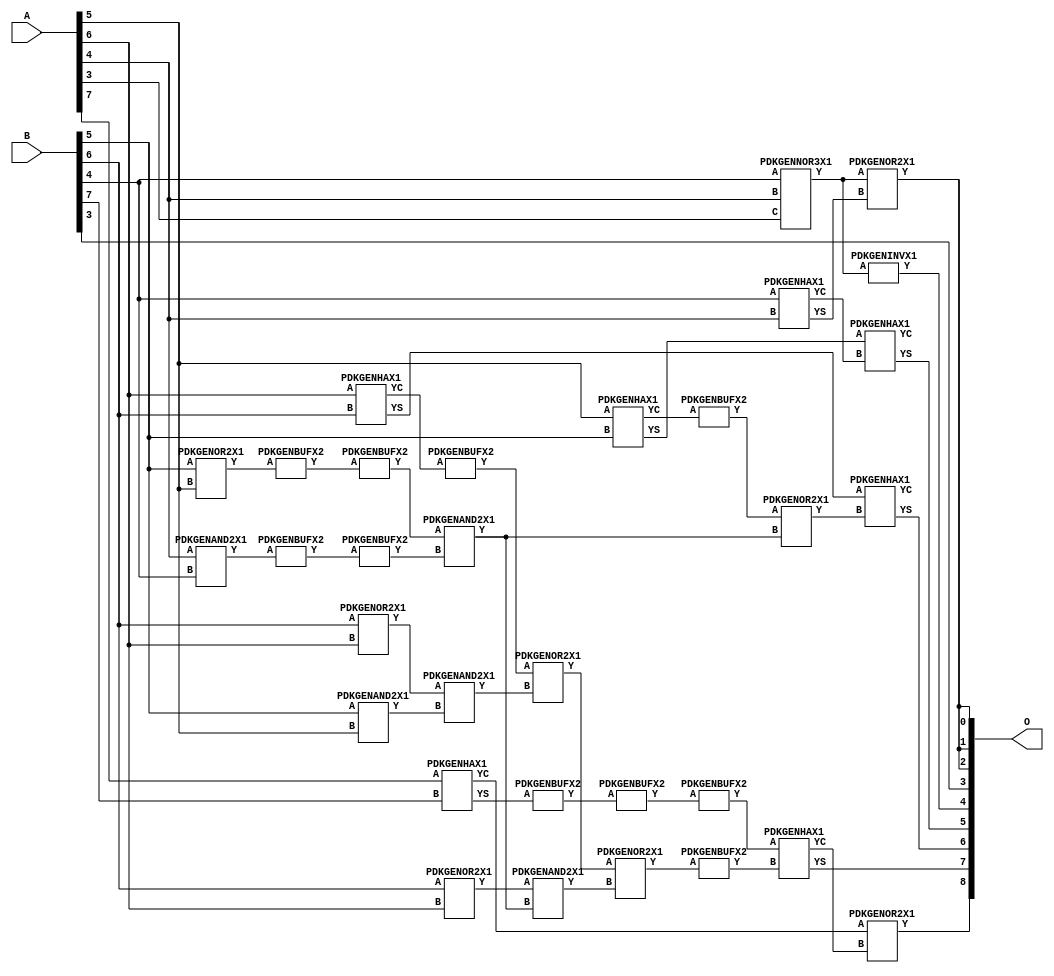
// Library = EvoApprox8b
// Circuit = add8_381
// Area   (180) = 1296
// Delay  (180) = 0.940
// Power  (180) = 370.00
// Area   (45) = 91
// Delay  (45) = 0.400
// Power  (45) = 29.40
// Nodes = 32
// HD = 188032
// MAE = 4.79688
// MSE = 36.87500
// MRE = 2.54 %
// WCE = 16
// WCRE = 700 %
// EP = 92.6 %

module add8_381(A, B, O);
  input [7:0] A;
  input [7:0] B;
  output [8:0] O;
  wire [2031:0] N;

  assign N[0] = A[0];
  assign N[1] = A[0];
  assign N[2] = A[1];
  assign N[3] = A[1];
  assign N[4] = A[2];
  assign N[5] = A[2];
  assign N[6] = A[3];
  assign N[7] = A[3];
  assign N[8] = A[4];
  assign N[9] = A[4];
  assign N[10] = A[5];
  assign N[11] = A[5];
  assign N[12] = A[6];
  assign N[13] = A[6];
  assign N[14] = A[7];
  assign N[15] = A[7];
  assign N[16] = B[0];
  assign N[17] = B[0];
  assign N[18] = B[1];
  assign N[19] = B[1];
  assign N[20] = B[2];
  assign N[21] = B[2];
  assign N[22] = B[3];
  assign N[23] = B[3];
  assign N[24] = B[4];
  assign N[25] = B[4];
  assign N[26] = B[5];
  assign N[27] = B[5];
  assign N[28] = B[6];
  assign N[29] = B[6];
  assign N[30] = B[7];
  assign N[31] = B[7];

  PDKGENOR2X1 n42(.A(N[28]), .B(N[12]), .Y(N[42]));
  assign N[43] = N[42];
  PDKGENOR2X1 n44(.A(N[28]), .B(N[12]), .Y(N[44]));
  assign N[45] = N[44];
  PDKGENAND2X1 n46(.A(N[26]), .B(N[10]), .Y(N[46]));
  assign N[47] = N[46];
  PDKGENNOR3X1 n48(.A(N[24]), .B(N[8]), .C(N[6]), .Y(N[48]));
  assign N[49] = N[48];
  PDKGENAND2X1 n68(.A(N[8]), .B(N[24]), .Y(N[68]));
  PDKGENBUFX2 n70(.A(N[68]), .Y(N[70]));
  assign N[71] = N[70];
  PDKGENHAX1 n72(.A(N[24]), .B(N[8]), .YS(N[72]), .YC(N[73]));
  PDKGENHAX1 n78(.A(N[10]), .B(N[26]), .YS(N[78]), .YC(N[79]));
  PDKGENBUFX2 n80(.A(N[79]), .Y(N[80]));
  PDKGENHAX1 n86(.A(N[12]), .B(N[28]), .YS(N[86]), .YC(N[87]));
  PDKGENHAX1 n96(.A(N[14]), .B(N[30]), .YS(N[96]), .YC(N[97]));
  PDKGENOR2X1 n134(.A(N[26]), .B(N[10]), .Y(N[134]));
  assign N[135] = N[134];
  PDKGENBUFX2 n136(.A(N[135]), .Y(N[136]));
  PDKGENBUFX2 n142(.A(N[87]), .Y(N[142]));
  assign N[143] = N[142];
  PDKGENBUFX2 n152(.A(N[71]), .Y(N[152]));
  PDKGENBUFX2 n160(.A(N[96]), .Y(N[160]));
  PDKGENAND2X1 n162(.A(N[43]), .B(N[47]), .Y(N[162]));
  PDKGENBUFX2 n164(.A(N[160]), .Y(N[164]));
  assign N[165] = N[164];
  PDKGENINVX1 n176(.A(N[49]), .Y(N[176]));
  assign N[177] = N[176];
  PDKGENOR2X1 n180(.A(N[143]), .B(N[162]), .Y(N[180]));
  PDKGENBUFX2 n206(.A(N[136]), .Y(N[206]));
  assign N[207] = N[206];
  PDKGENAND2X1 n226(.A(N[207]), .B(N[152]), .Y(N[226]));
  PDKGENOR2X1 n244(.A(N[80]), .B(N[226]), .Y(N[244]));
  assign N[245] = N[244];
  PDKGENAND2X1 n254(.A(N[45]), .B(N[226]), .Y(N[254]));
  PDKGENOR2X1 n272(.A(N[180]), .B(N[254]), .Y(N[272]));
  PDKGENOR2X1 n344(.A(N[48]), .B(N[72]), .Y(N[344]));
  assign N[345] = N[344];
  PDKGENBUFX2 n348(.A(N[272]), .Y(N[348]));
  PDKGENBUFX2 n376(.A(N[165]), .Y(N[376]));
  assign N[377] = N[376];
  PDKGENHAX1 n394(.A(N[78]), .B(N[73]), .YS(N[394]), .YC(N[395]));
  PDKGENHAX1 n404(.A(N[86]), .B(N[245]), .YS(N[404]), .YC(N[405]));
  PDKGENHAX1 n412(.A(N[377]), .B(N[348]), .YS(N[412]), .YC(N[413]));
  PDKGENOR2X1 n422(.A(N[97]), .B(N[413]), .Y(N[422]));

  assign O[0] = N[344];
  assign O[1] = N[345];
  assign O[2] = N[344];
  assign O[3] = N[22];
  assign O[4] = N[177];
  assign O[5] = N[394];
  assign O[6] = N[404];
  assign O[7] = N[412];
  assign O[8] = N[422];

endmodule
/* mod */
module PDKGENHAX1( input A, input B, output YS, output YC );
    assign YS = A ^ B;
    assign YC = A & B;
endmodule
/* mod */
module PDKGENOR2X1(input A, input B, output Y );
     assign Y = A | B;
endmodule
/* mod */
module PDKGENAND2X1(input A, input B, output Y );
     assign Y = A & B;
endmodule
/* mod */
module PDKGENINVX1(input A, output Y );
     assign Y = ~A;
endmodule
/* mod */
module PDKGENNOR3X1(input A, input B, input C, output Y );
     assign Y = ~((A | B) | C);
endmodule
/* mod */
module PDKGENBUFX2(input A, output Y );
     assign Y = A;
endmodule